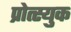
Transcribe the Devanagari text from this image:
प्रोत्स्युक